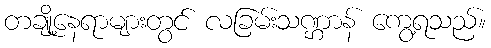
တချို့နေရာများတွင် လခြမ်းသဏ္ဌာန် ကွေ့ရသည်။